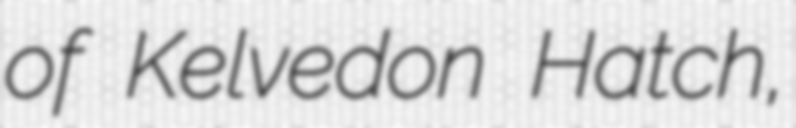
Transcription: of Kelvedon Hatch,